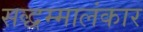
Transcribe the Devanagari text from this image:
सद्धम्मालंकार